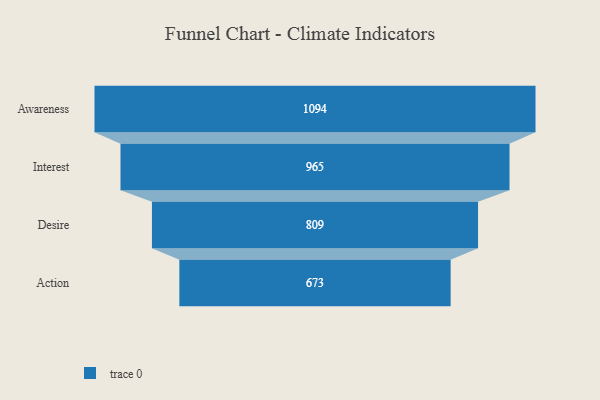
{"axis": {"x": "Stage", "y": "Value"}, "legend": [""], "data": [{"x": "Awareness", "y": 1094.0, "type": ""}, {"x": "Interest", "y": 965.0, "type": ""}, {"x": "Desire", "y": 809.0, "type": ""}, {"x": "Action", "y": 673.0, "type": ""}]}